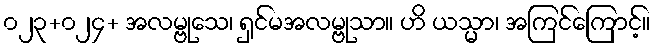
၀၂၃+၀၂၄+ အလမ္ဗုသေ၊ ရှင်မအလမ္ဗုသာ။ ဟိ ယသ္မာ၊ အကြင်ကြောင့်။